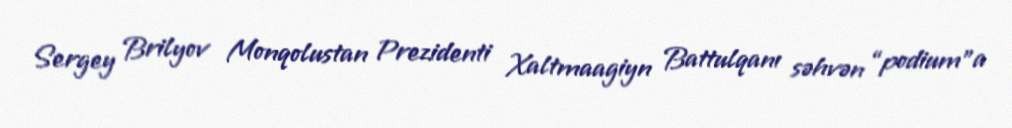
Sergey Brilyov Monqolustan Prezidenti Xaltmaagiyn Battulqanı səhvən “podium”a